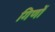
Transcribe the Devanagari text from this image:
गिणों